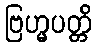
ဗြဟ္မပတ္တိ